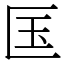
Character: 匤